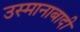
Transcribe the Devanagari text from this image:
उस्मानाबादी